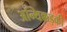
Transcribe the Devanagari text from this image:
अन्थिक्कड़की